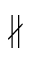
\nparallel